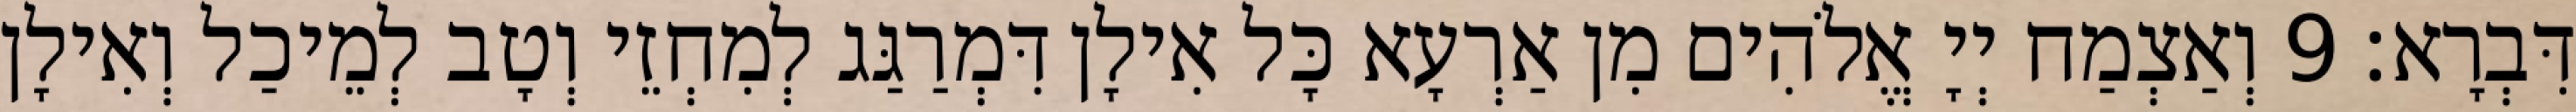
דִּבְרָא׃ 9 וְאַצְמַח יְיָ אֱלֹהִים מִן אַרְעָא כָּל אִילָן דִּמְרַגַּג לְמִחְזֵי וְטָב לְמֵיכַל וְאִילָן